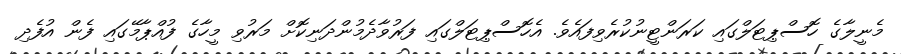
މެނީލާގެ ހޮސްޕިޓަލްގައި ކަރަންޓީނުކުރެވިފައެވެ. އެހޮސްޕިޓަލްގައި ފަރުވާދެމުންދަނިކޮށް މަރުވި މީހާގެ ފުއްޕާމޭގައި ފެން އުފެދި